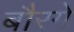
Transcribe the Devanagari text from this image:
बौरगे